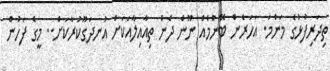
ތިދަރިފުޅުގެ މަންމަ. އަހަރެން ބޭނުމެއް ނޫން ދެން ތިއާއިލާއަކަށް އުނދަގޫކުރާކަށް.. މީގެ ފަހުން